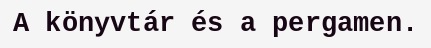
A könyvtár és a pergamen.